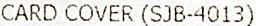
CARD COVER (SJB-4013)